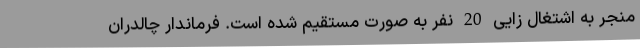
منجر به اشتغال زایی 20 نفر به صورت مستقیم شده است. فرماندار چالدران